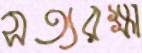
সত্যরক্ষা